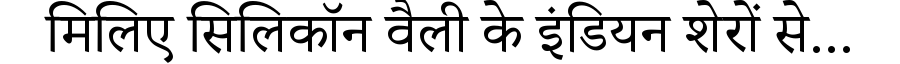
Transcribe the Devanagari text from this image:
मिलिए सिलिकॉन वैली के इंडियन शेरों से...